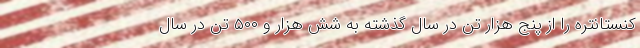
کنستانتره را از پنج هزار تن در سال گذشته به شش هزار و ۵۰۰ تن در سال